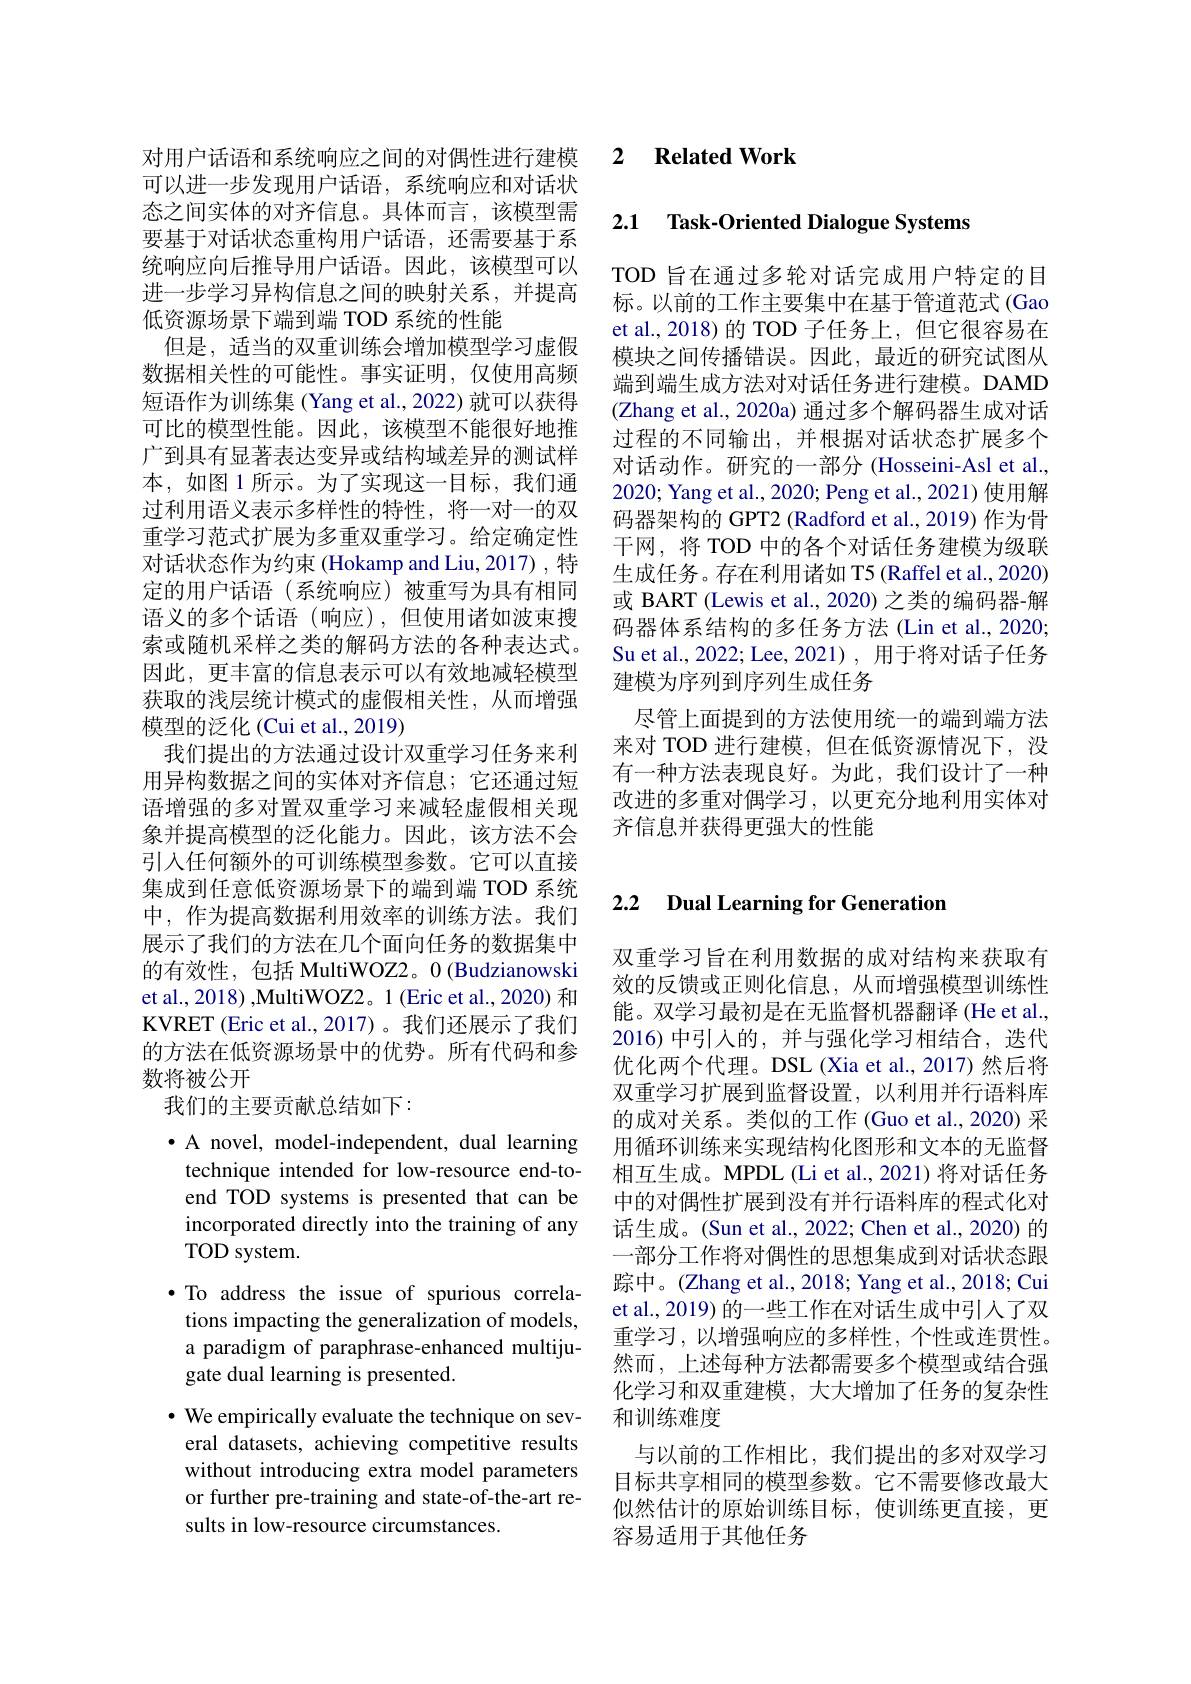
可以进一步发现用户话语，系统响应和对话状态之间实体的对齐信息。具体而言，该模型需要基于对话状态重构用户话语，还需要基于系统响应向后推导用户话语。因此，该模型可以进一步学习异构信息之间的映射关系，并提高低资源场景下端到端 TOD 系统的性能
但是，适当的双重训练会增加模型学习虚假数据相关性的可能性。事实证明，仅使用高频短语作为训练集 (Yang et al., 2022) 就可以获得可比的模型性能。因此，该模型不能很好地推广到具有显著表达变异或结构域差异的测试样本，如图 1 所示。为了实现这一目标，我们通过利用语义表示多样性的特性，将一对一的双重学习范式扩展为多重双重学习。给定确定性对话状态作为约束 (Hokamp and Liu, 2017) , 特定的用户话语(系统响应)被重写为具有相同语义的多个话语(响应),但使用诸如波束搜索或随机采样之类的解码方法的各种表达式。因此，更丰富的信息表示可以有效地减轻模型获取的浅层统计模式的虚假相关性，从而增强模型的泛化 (Cui et al., 2019)
我们提出的方法通过设计双重学习任务来利用异构数据之间的实体对齐信息；它还通过短语增强的多对置双重学习来减轻虚假相关现象并提高模型的泛化能力。因此，该方法不会引入任何额外的可训练模型参数。它可以直接集成到任意低资源场景下的端到端 TOD 系统中，作为提高数据利用效率的训练方法。我们展示了我们的方法在几个面向任务的数据集中的有效性，包括 MultiWOZ2。0 (Budzianowski et al., 2018) ,MultiWOZ2。1 (Eric et al., 2020) 和KVRET (Eric et al.,2017)。我们还展示了我们的方法在低资源场景中的优势。所有代码和参数将被公开
我们的主要贡献总结如下：
· A novel, model-independent, dual learning

technique intended for low-resource end-to-

end TOD systems is presented that can be

incorporated directly into the training of any

TOD system.

$\bullet$ To address the issue of spurious correla-

tions impacting the generalization of models,

a paradigm of paraphrase-enhanced multiju-

gate dual learning is presented.

$\cdot$ We empirically evaluate the technique on several datasets, achieving competitive results without introducing extra model parameters or further pre-training and state-of-the-art results in low-resource circumstances.

对用户话语和系统响应之间的对偶性讲行建模2 $\textbf{Related Work}$

## 2.1 Task-Oriented Dialogue Systems

TOD 旨在通过多轮对话完成用户特定的目标。以前的工作主要集中在基于管道范式 (Gao et al.,2018)的 TOD 子任务上，但它很容易在模块之间传播错误。因此，最近的研究试图从端到端生成方法对对话任务进行建模。DAMD (Zhang et al., 2020a) 通过多个解码器生成对话过程的不同输出，并根据对话状态扩展多个对话动作。研究的一部分 (Hosseini-Asl et al., 2020; Yang et al., 2020; Peng et al., 2021) 使用解码器架构的 GPT2 (Radford et al., 2019) 作为骨干网，将 TOD 中的各个对话任务建模为级联生成任务。存在利用诸如 T5 (Raffel et al., 2020) 或 BART (Lewis et al., 2020) 之类的编码器-解码器体系结构的多任务方法 (Lin et al., 2020; Su et al., 2022; Lee, 2021), 用于将对话子任务建模为序列到序列生成任务
尽管上面提到的方法使用统一的端到端方法来对 TOD 进行建模，但在低资源情况下，没有一种方法表现良好。为此，我们设计了一种改进的多重对偶学习，以更充分地利用实体对齐信息并获得更强大的性能

## 2.2 Dual Learning for Generation

双重学习旨在利用数据的成对结构来获取有效的反馈或正则化信息，从而增强模型训练性能。双学习最初是在无监督机器翻译 (He et al., 2016)中引入的，并与强化学习相结合，迭代优化两个代理。DSL (Xia et al., 2017) 然后将双重学习扩展到监督设置，以利用并行语料库的成对关系。类似的工作 (Guo et al., 2020) 采用循环训练来实现结构化图形和文本的无监督相互生成。MPDL (Li et al., 2021) 将对话任务中的对偶性扩展到没有并行语料库的程式化对话生成。(Sun et al., 2022; Chen et al., 2020) 的一部分工作将对偶性的思想集成到对话状态跟踪中。(Zhang et al., 2018; Yang et al., 2018; Cui et al., 2019) 的一些工作在对话生成中引入了双重学习，以增强响应的多样性，个性或连贯性。然而，上述每种方法都需要多个模型或结合强化学习和双重建模，大大增加了任务的复杂性和训练难度
与以前的工作相比，我们提出的多对双学习目标共享相同的模型参数。它不需要修改最大似然估计的原始训练目标，使训练更直接，更容易适用于其他任务